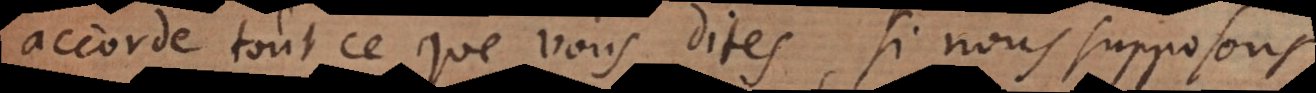
accorde tout ce que vous dites, si nous supposons